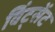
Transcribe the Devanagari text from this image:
विंट्सेंट